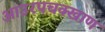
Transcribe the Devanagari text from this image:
आउरपचक्खाण